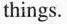
things.